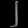
Digit: ၂